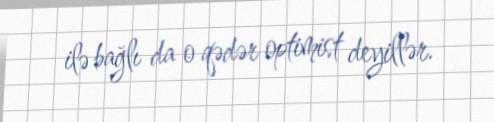
ilə bağlı da o qədər optimist deyillər.